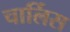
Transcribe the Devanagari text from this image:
चार्लिस